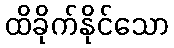
ထိခိုက်နိုင်သော